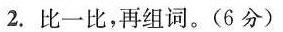
2.比一比，再组词。(6分)